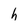
Character: h